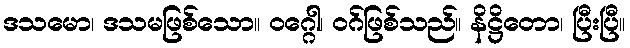
ဒသမော၊ ဒသမဖြစ်သော။ ဝဂ္ဂေါ၊ ဝဂ်ဖြစ်သည်။ နိဋ္ဌိတော၊ ပြီးပြီ။